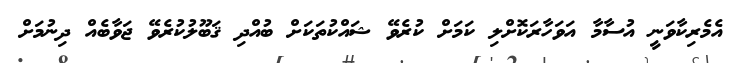
އެމެރިކާވަނީ އުސާމާ އަވަހާރަކޮށްލި ކަމަށް ކުރެވޭ ޝައްކުތަކަށް ބުއްދި ޤަބޫލުކުރެވޭ ޖަވާބެއް ދިނުމަށް